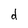
Character: d